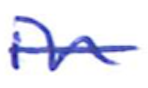
Text: in
Cross-out: single-line
Writing tool: ballpoint